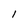
Character: l